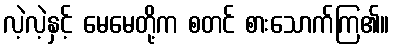
လဲ့လဲ့နှင့် မေမေတို့က စတင် စားသောက်ကြ၏။